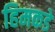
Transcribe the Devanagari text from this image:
हिमकडे